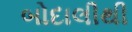
બોદાલીથી